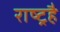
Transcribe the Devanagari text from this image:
राष्ट्रहै